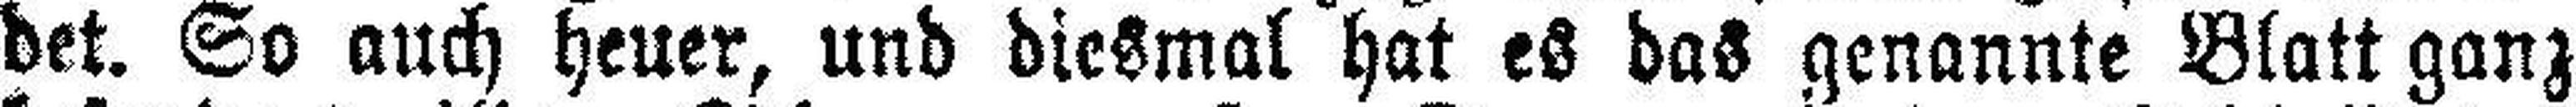
det. So auch heuer, und diesmal hat es das genannte Blatt ganz